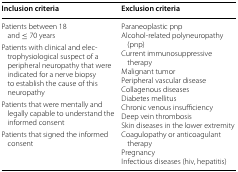
| Inclusion criteria | Exclusion criteria |
 | --- | --- |
 | Patients between 18 and ≤ 70 years | <ROWSPAN=4> Paraneoplastic pnpAlcohol-related polyneuropathy (pnp)Current immunosuppressive therapyMalignant tumorPeripheral vascular diseaseCollagenous diseasesDiabetes mellitusChronic venous insufficiencyDeep vein thrombosisSkin diseases in the lower extremityCoagulopathy or anticoagulant therapyPregnancyInfectious diseases (hiv, hepatitis) |
 | Patients with clinical and electrophysiological suspect of a peripheral neuropathy that were indicated for a nerve biopsy to establish the cause of this neuropathy |
 | Patients that were mentally and legally capable to understand the informed consent |
 | Patients that signed the informed consent |